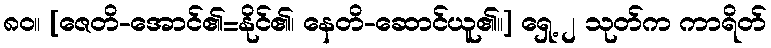
၈၀။ [ဇေတိ-အောင်၏=နိုင်၏၊ နေတိ-ဆောင်ယူ၏။] ရှေ့ ၂ သုတ်က ကာရိတ်